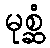
မုစ္ဆံ